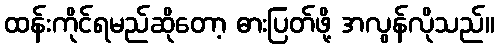
ထန်းကိုင်ရမည်ဆိုတော့ ဓားပြတ်ဖို့ အလွန်လိုသည်။